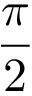
\frac { \pi } { 2 }